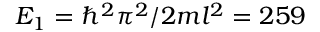
E _ { 1 } = \hbar ^ { 2 } \pi ^ { 2 } / 2 m l ^ { 2 } = 2 5 9